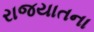
રાજયાતના